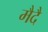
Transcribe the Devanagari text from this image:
मैदै